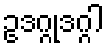
ဥဒဂ္ဂုဒဂ္ဂါ